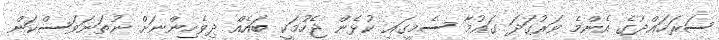
ސަރަހައްދުގެ އެންމެ ވަރުގަދަ ގައުމާ ސެމީގައި ކުޅެން ޖެހުމަކީ ބައެއް ދިވެހިންނަށް ނުތަނަވަސްކަން